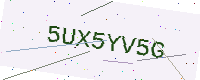
Text: 5UX5YV5G